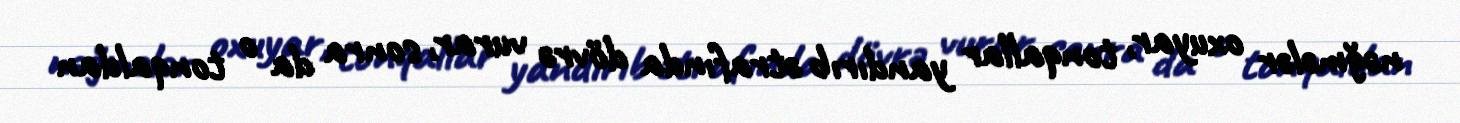
nəğmələr oxuyar, tonqallar yandırıb ətrafında dövrə vurar, sonra da o tonqaldan